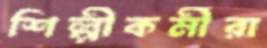
শিল্পীকর্মীরা